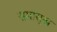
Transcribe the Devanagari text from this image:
समासुख